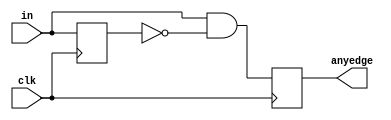
module top_module (
    input wire clk,
    input wire [7:0] in,
    output reg [7:0] anyedge
);
    reg [7:0] prev_in;

    // Edge detection logic: Check for changes from 0 to 1 and update anyedge
    always @(posedge clk) begin
        anyedge <= in & ~prev_in;
        prev_in <= in;
    end
endmodule